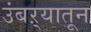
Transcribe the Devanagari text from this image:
उंबऱ्यातून